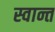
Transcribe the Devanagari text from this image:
स्वान्त